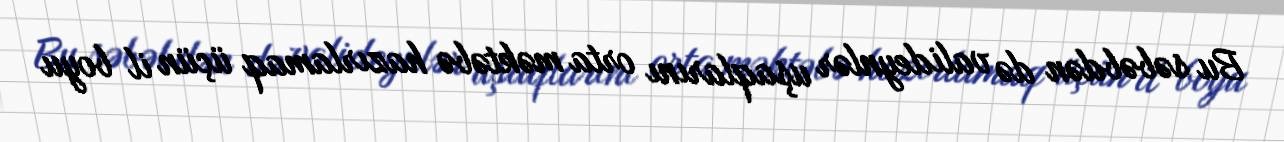
Bu səbəbdən də valideynlər uşaqlarını orta məktəbə hazırlamaq üçün il boyu